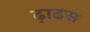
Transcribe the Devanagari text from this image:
ढ़ाढस